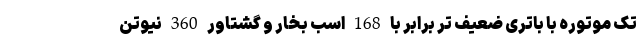
تک موتوره با باتری ضعیف تر برابر با 168 اسب بخار و گشتاور 360 نیوتن